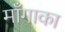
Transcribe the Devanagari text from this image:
माँगाका